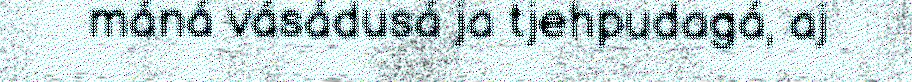
máná vásádusá ja tjehpudagá, aj